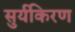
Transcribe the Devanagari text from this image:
सुर्यकिरण